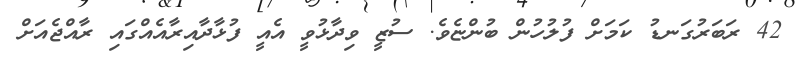
42 ރަބަރުގަނޑު ކަމަށް ފުލުހުން ބުންޏެވެ. ސުޒީ ވިދާޅުވީ އެއީ ފުޅާދާއިރާއެއްގައި ރާއްޖެއަށް